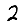
Digit: 2